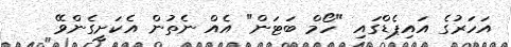
އަހަރުގެ އައިޕެޑްގައި "ހޯމް ބަޓަން" އެއް ނެތުން އެކަށީގެންވޭ